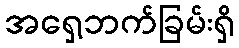
အရှေ့ဘက်ခြမ်းရှိ